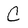
Character: C